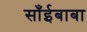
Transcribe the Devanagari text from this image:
साँईबाबा